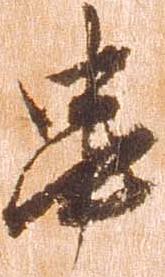
串